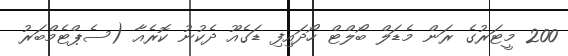
200 މީޓަރުގެ ރަން މެޑަލް ބޯލްޓް ހޯދައިފި ޑަގެއޫ ދެކުނު ކޮރެއާ (ސެޕްޓެމްބަރު